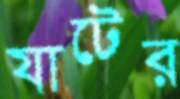
যাটের